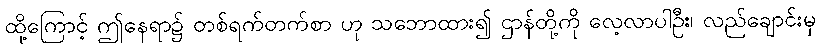
ထို့ကြောင့် ဤနေရာ၌ တစ်ရက်တက်စာ ဟု သဘောထား၍ ဌာန်တို့ကို လေ့လာပါဦး၊ လည်ချောင်းမှ